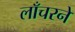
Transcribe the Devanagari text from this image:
लाँचरने